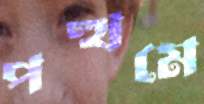
পত্থমে